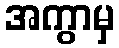
အကွာမှ